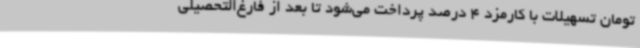
تومان تسهیلات با کارمزد 4 درصد پرداخت می‌شود تا بعد از فارغ‌التحصیلی